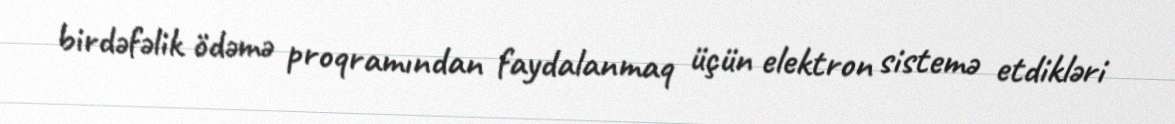
birdəfəlik ödəmə proqramından faydalanmaq üçün elektron sistemə etdikləri